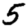
Digit: 5